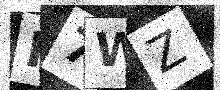
Text: F7WZ